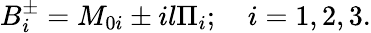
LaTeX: B_{i}^{\pm}=M_{0i}\pm il\Pi_{i};\quad i=1,2,3.